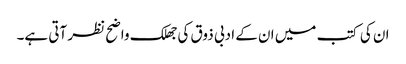
ان کی کتب میں ان کے ادبی ذوق کی جھلک واضح نظر آتی ہے۔